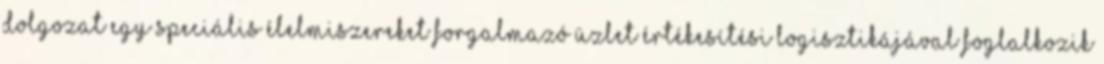
dolgozat egy speciális élelmiszereket forgalmazó üzlet értékesítési logisztikájával foglalkozik